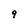
Character: 9